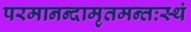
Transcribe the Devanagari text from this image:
परमानन्दामृतमन्तःस्थं